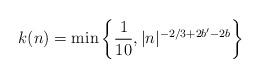
LaTeX: \begin{align*}k(n) = \min \left \{ \frac{1}{10}, |n|^{-2/3+2b'-2b} \right \}\end{align*}